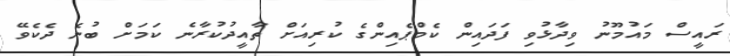
ރައީސް މައުމޫނު ވިދާޅުވި ފަދައިން ކެމްޕެއިންގެ ކުރިއަށް ތާއީދުކުރާނެ ކަމަށް ބުނެ ދެކެވޭ